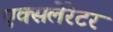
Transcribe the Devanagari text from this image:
एक्सलेरेटर